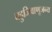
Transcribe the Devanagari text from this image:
बहुजिवाणूजन्य